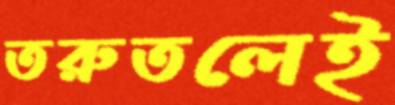
তরুতলেই